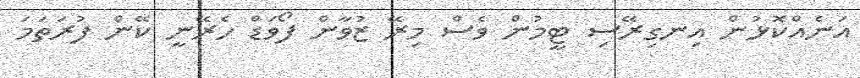
އަނެއްކޮޅުން އިނގިރޭސި ޓީމުން ވެސް މިރޭ ޒުވާން ފޯވަޑް ހެރޭނީ ކޭން ފުރަތަމަ